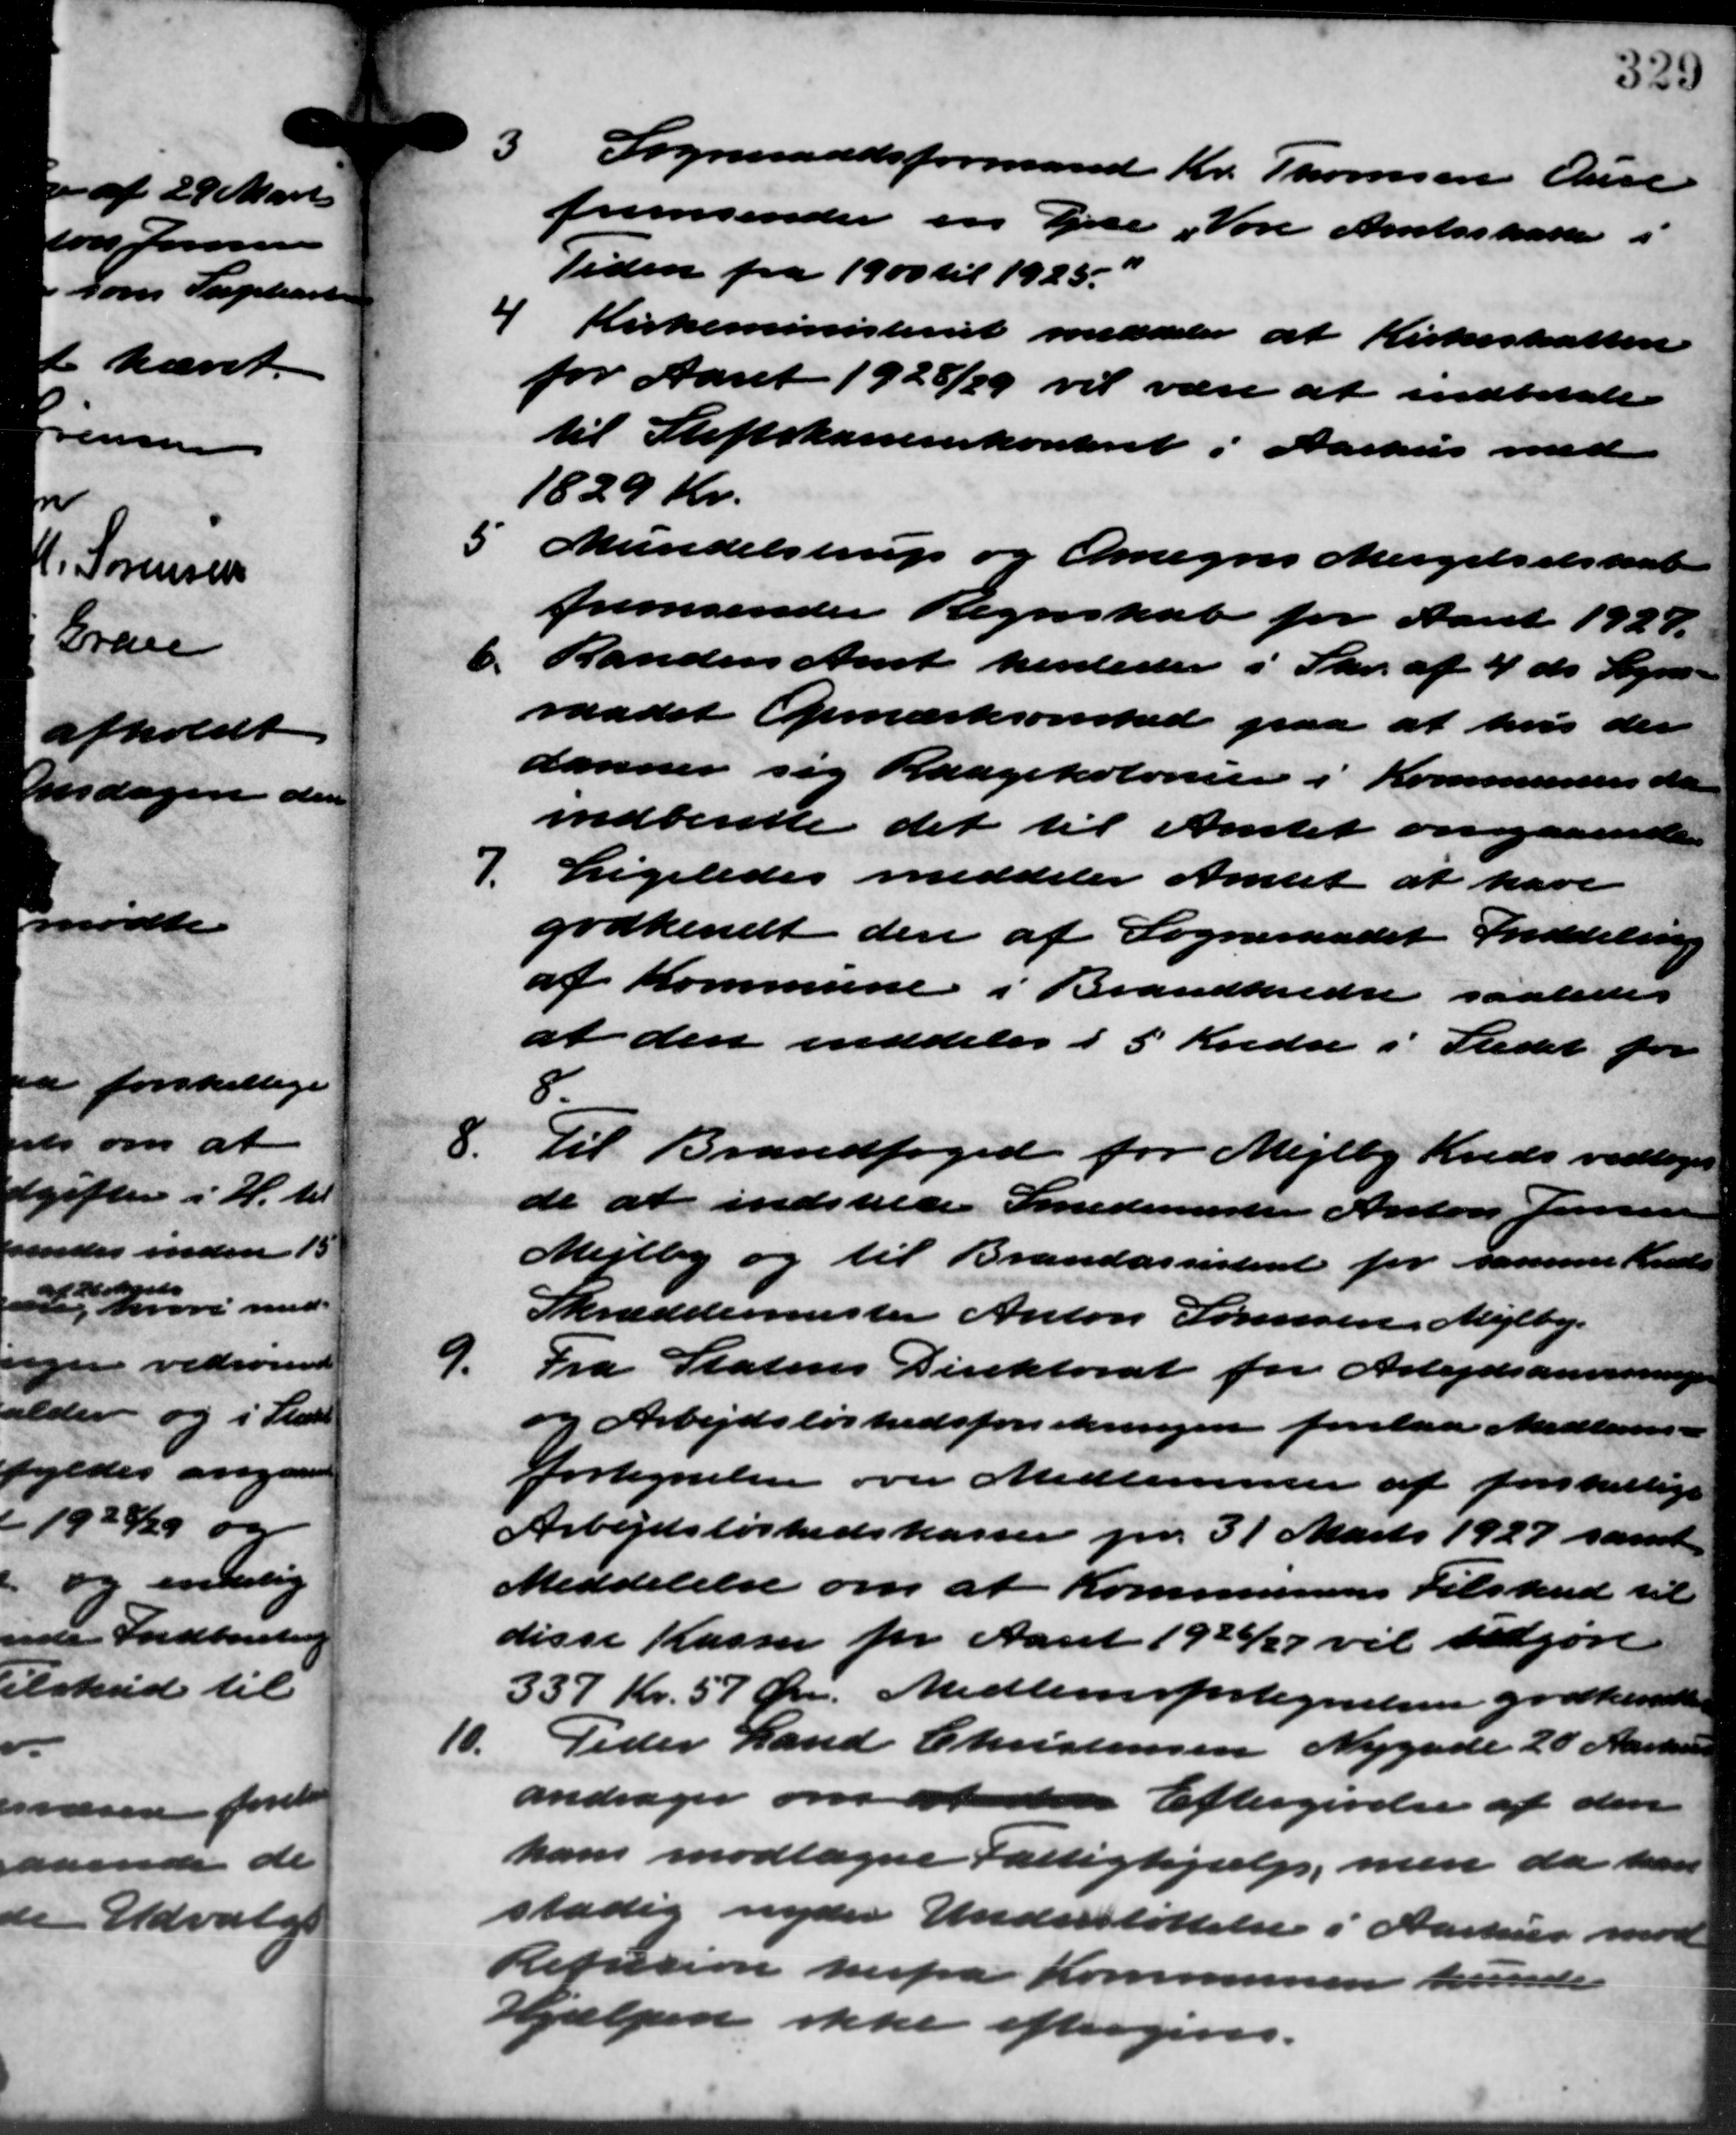
Transskription:
0

3 Sogneraadsformand Kr. Thomsen Aure
3 Sogneraadsformand Kr. Thomsen Aure
fremsender en Ejere Føre Amtsskatten i
Tiden fra 1900 til 1925
4 Kirkeministeriet meddeler at Kirkeskatten
for Aaret 1928/29 vil være at indbetale
til Stiftskanerkonteret i Aarhus med
1829 Kr.
5
Mundelstrup og Omegns Mergelselskab
fremsender Regnskab for Aaret 1924.
6. Randers Amt henleder i Skr. af 4 ds. Sogne-
6. Randers Amt henleder i Skr. af 4 ds. Sogne-
raadet Opmærksomhed paa at hvis der
danner sig Raagekolonier i Kommunens da
indberette det til Amtet omgaaende
7.
Ligeledes meddeler Amtet at have
godkendt den af Sogneraadet Inddeling
af Kommune i Brandkredse saaledes
at den inddeles i 5 Kredse i Stedet for
8
8.
Til Brandfoged for Mejlby Kreds vedtoges
de at indstille Smedemester Anton Jensen
Mejlby og til Brandassisteret for samme Kreds
Skræddermester Anton Sørensen, Mejlby.
9.
Fra Statens Direktorat for Arbejdsanvisninger
og Arbejdsløshedsforsikringen forelaa Medlems –
fortegnelser over Medlemmer af forskellige
Arbejdsløshedskassen pr. 31 Marts 1927 samt
Meddelelse om at Kommunens Tilskud til
disse Kasser for Aaret 1926/27 vil udgøre
337 Kr. 57 Øre. Medlemsfortegnelsen godkendtes
10.
Peder Land Christensen Nygade 20 Aarhus
andrager om medder Eftergivelse af den
ham modtagne Fattighjælp, men da han
stadig nyder Understøttelse i Aarhus mod
Refusion herfra Kommunen kunde
Hjælpen ikke eftergives.